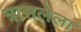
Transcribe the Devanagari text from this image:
त्रासलेला